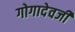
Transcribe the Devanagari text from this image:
गोगादेवजी